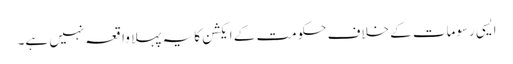
ایسی رسومات کے خلاف حکومت کے ایکشن کا یہ پہلا واقعہ نہیں ہے۔